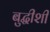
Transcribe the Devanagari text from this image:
बुद्धीशी